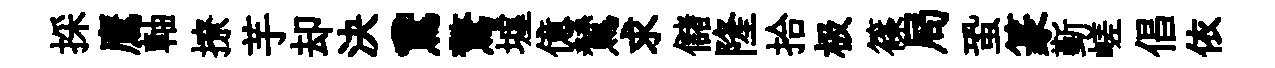
採鷹軸撩芋却決鵞驚墟億鷥求儲隆拾极篠局蛩篆斳嵯倡依